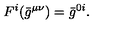
{ } F ^ { i } ( { \bar { g } } ^ { \mu \nu } ) = { \bar { g } } ^ { 0 i } .